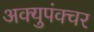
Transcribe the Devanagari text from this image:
अक्युपंक्चर